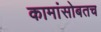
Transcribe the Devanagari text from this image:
कामांसोबतच